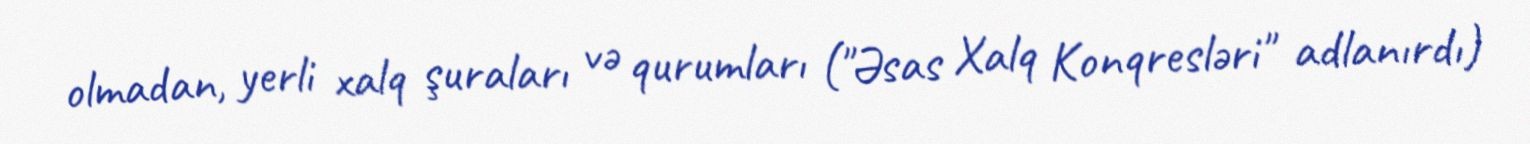
olmadan, yerli xalq şuraları və qurumları ("Əsas Xalq Konqresləri" adlanırdı)